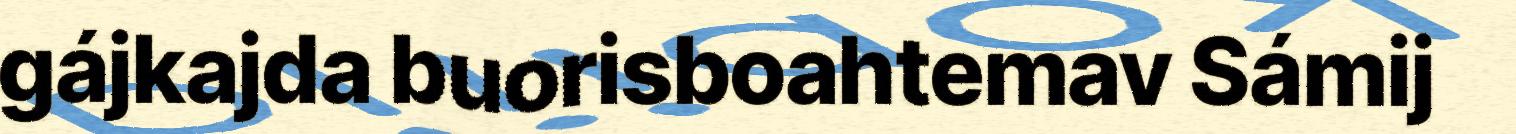
gájkajda buorisboahtemav Sámij